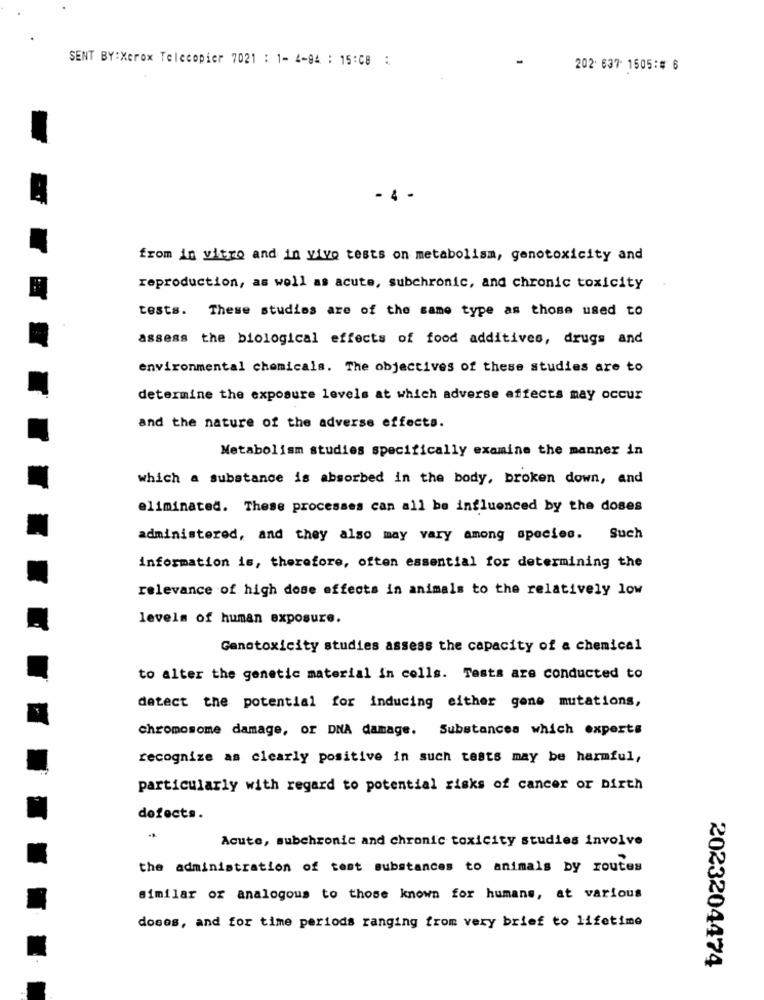
SENT BY:Xerox Telecopier 7021 : 1- 4-94 : 15:08 :
202: 637 1505:# 6
- 4 -
from in vitro and in vivo tests on metabolism, genotoxicity and
reproduction, as well as acute, subchronic, and chronic toxicity
tests. These studies are of the same type as those used to
assess the biological effects of food additives, drugs and
environmental chemicals. The objectives of these studies are to
determine the exposure levels at which adverse effects may occur
and the nature of the adverse effects.
Metabolism studies specifically examine the manner in
which a substance is absorbed in the body, broken down, and
eliminated. These processes can all be influenced by the doses
administered, and they also may vary among species. Such
information is, therefore, often essential for determining the
relevance of high dose effects in animals to the relatively low
levels of human exposure.
Genotoxicity studies assess the capacity of a chemical
to alter the genetic material in cells. Tests are conducted to
detect the potential for inducing either gone mutations,
chromosome damage, or DNA damage. Substances which experts
recognize as clearly positive in such tests may be harmful,
particularly with regard to potential risks of cancer or birth
defects.
..
Acute, subchronic and chronic toxicity studies involve
the administration of test substances to animals by routes
similar or analogous to those known for humans, at various
doses, and for time periods ranging from very brief to lifetime
2023204474